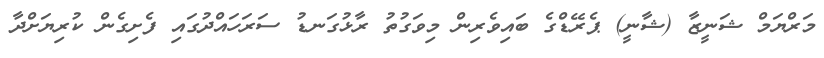
މަރްޔަމް ޝަނީޒާ (ޝާނީ) ޕެރޭޑްގެ ބައިވެރިން މިވަގުތު ރާޅުގަނޑު ސަރަހައްދުގައި ފެށިގެން ކުރިޔަށްދާ